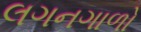
લગનગાળો